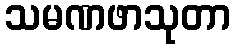
သမဏဖာသုတာ